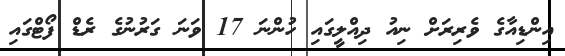
އިންޑިއާގެ ވެރިރަށް ނިއު ދިއްލީގައި ހުންނަ 17 ވަނަ ގަރުނުގެ ރެޑް ފޯޓްގައި